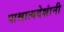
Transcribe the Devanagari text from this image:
पाश्चात्यदेशांनी